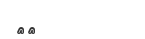
١٤